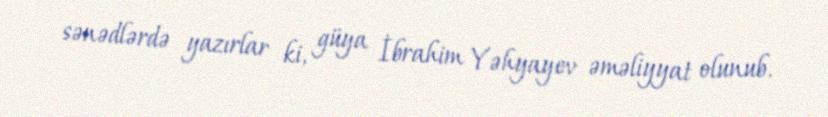
sənədlərdə yazırlar ki, güya İbrahim Yəhyayev əməliyyat olunub.